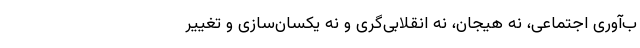
ب‌آوری اجتماعی، نه هیجان، نه انقلابی‌گری و نه یکسان‌سازی‌ و تغییر